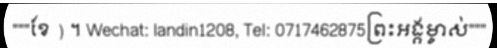
"""ខែ ) ។ Wechat: landin1208, Tel: 0717462875ព្រះអង្គម្ចាស់"""